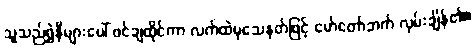
သူသည်ရွှဲနီများပေါ် ဖင်ချထိုင်ကာ လက်ထဲမှသေနတ်ဖြင့် မော်တော်ဘက် လှမ်းချိန်၏။